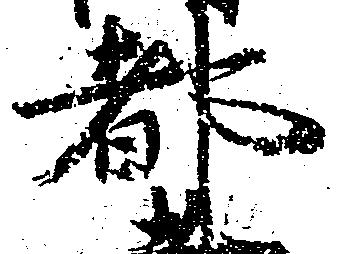
都